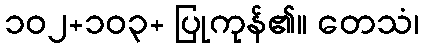
၁၀၂+၁၀၃+ ပြုကုန်၏။ တေသံ၊